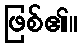
ဖြစ်၏။